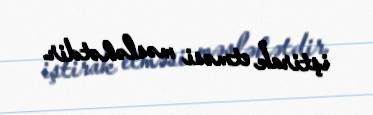
iştirak etməsi məsləhətdir.